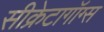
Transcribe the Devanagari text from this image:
सीक्रेटागॉग्स